Civil Veterinary Department. Madras. Admin. report 1910-25 - 1910-1925
Year: 1910
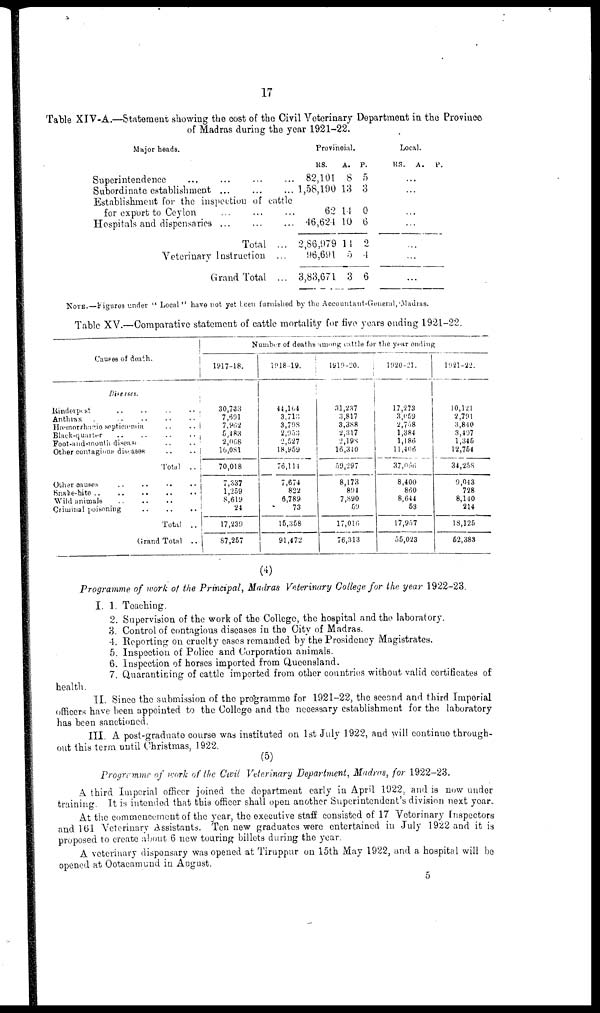
17
Table XIV-A.—Statement showing the cost of the Civil Veterinary Department in the Province
of Madras during the year 1921-22.
Major heads.
Superintendence ... ... ... ...
Subordinate establishment ... ... ...
Establishment for the inspection of cattle
for export to Ceylon ... ... ... ...
Hospitals and dispensaries ... ... ...
Total ...
Veterinary Instruction ... ... ...
Grand Total ...
Provincial.
RS.
A. P.
82,101 8 5
1,58,190 18 3
62 14 0
46,624 10 6
2,86,979 14 2
96,691 0 4
3,83,671 3 6
Local.
RS. A.
P.
...
...
...
...
...
...
...
NOTE.—Figures under " Local " have not yet been furnished by the Accountant-General,Madras.
Table XV.—Comparative statement of cattle mortality for five years ending 1921-22.
Causes of death.
Diseases.
Rinderpest .. .. .. ..
Anthrax .. .. .. ..
Hæmorrhagic septieæmia .. ..
Black-quarter ... .. .. ..
Foot-and-mouth disease .. ..
Other contagious diseases .. ..
Total ..
Other causes .. .. .. ..
Snake-bite ..
..
.. .. ..
Wild animals .. .. ..
Criminal poisoning .. .. .. ..
Total ..
Grand Total ..
Number of deaths among cattle for the year ending
1917-18.
30,733
7,691
7,902
5,483
2,068
16,081
70,018
7,337
1,259
8,619
24
17,239
87,257
1918-19.
44,104
3,713
3.798
2,953
2,527
18,959
76,114
7,674
82'2
6,789
73
15,358
91,472
1919-20.
31,237
3,817
3,388
2,317
2,19s
16,340
59,297
8,173
894
7,890
09
17,016
76,313
1920-21.
17,273
3,069
2,708
1,384
1,186
11,406
37,066
8,400
860
8,644
53
17,957
55,023
1921-22.
10,121
2,791
3,840
3,497
1,345
12,754
34,258
9,043
728
8,140
214
18,125
52,383
(4)
Programme of work of the Principal, Madras Veterinary College for the year 1922-23.
I. 1. Teaching.
2. Supervision of the work of the College, the hospital and the laboratory.
3. Control of contagious diseases in the City of Madras.
4. Reporting on cruelty cases remanded by the Presidency Magistrates.
5. Inspection of Police and Corporation animals.
6. Inspection of horses imported from Queensland.
7. Quarantining of cattle imported from other countries without valid certificates of
health.
II. Since the submission of the programme for 1921-22, the Due second ana third imperial
officers have been appointed to the College and the necessary establishment for the laboratory
has been sanctioned.
III. A post-graduate course was instituted on 1st July 1922, and will continue through-
out this term until Christmas, 1922.
(5)
Programme of work of the Civil Veterinary Department, Madras, for 1922-23.
A third Imperial officer joined the department early in April 1922, and is now under
training. It is intended that this officer shall open another Superintendent's division next year
At the commencement of the year, the executive staff consisted of 17 Veterinary Inspectors
and 161 Veterinary Assistants. Ten new graduates were entertained in July 1922 and it is
proposed to create about 6 new touring billots during the year.
A veterinary dispensary was opened at Tiruppur on 15th May 1922, and a hospital will be
opened at Ootacamund in August.
5